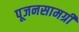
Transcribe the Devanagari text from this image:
पूजनसामग्री